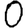
Digit: 0